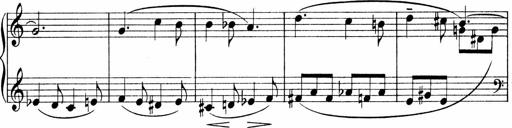
Title: Sonatina No.1
Composer: Otto Stoll
Key: C major